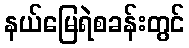
နယ်မြေရဲစခန်းတွင်